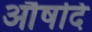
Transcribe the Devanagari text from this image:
औषदि